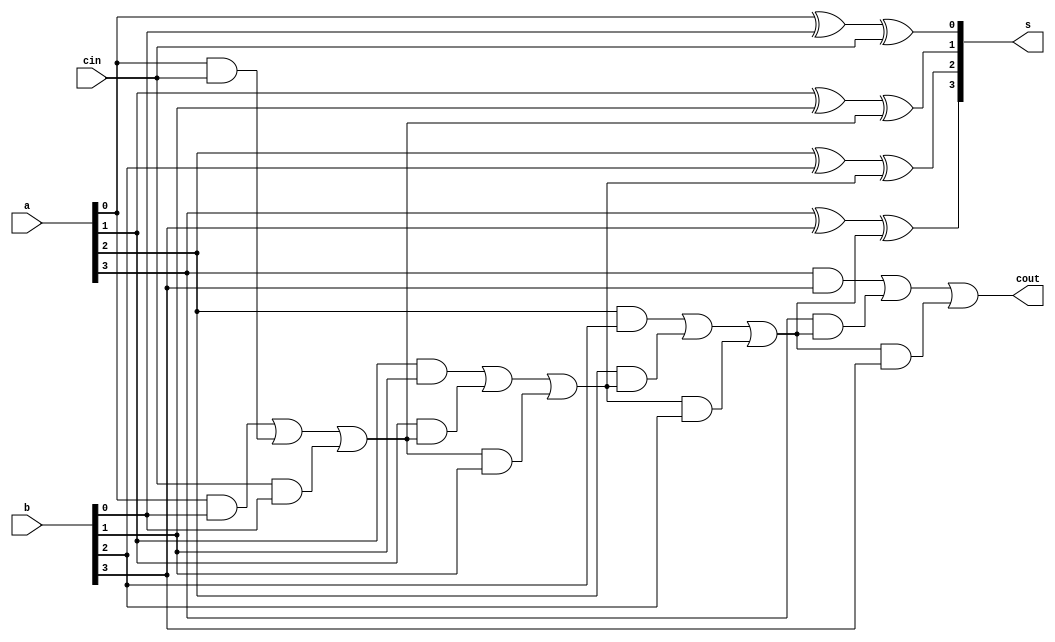
`timescale 1ns / 1ps
//////////////////////////////////////////////////////////////////////////////////
// Student: Tawseef Patel 101145333
// 
// Design Name: Lab2_3_1.v
// Module Name: fulladder_dataflow
// Project Name: Lab2_3_1
//
//////////////////////////////////////////////////////////////////////////////////

module fulladder_dataflow (
    input [3:0] a,
    input [3:0] b,
    input cin,
    output [3:0] s,
    output cout
);

xor (s[0], a[0], b[0], cin);
and (fa1_out1, a[0], b[0]), (fa1_out2, a[0], cin), (fa1_out3, cin, b[0]) ;
or (cout1, fa1_out1, fa1_out2, fa1_out3);

xor (s[1], a[1], b[1], cout1);
and (fa2_out1, a[1], b[1]), (fa2_out2, a[1], cout1), (fa2_out3, cout1, b[1]);
or (cout2, fa2_out1, fa2_out2, fa2_out3);

xor (s[2], a[2], b[2], cout2);
and (fa3_out1, a[2], b[2]), (fa3_out2, a[2], cout2), (fa3_out3, cout2, b[2]);
or (cout3, fa3_out1, fa3_out2, fa3_out3);

xor (s[3], a[3], b[3], cout3);
and (fa4_out1, a[3], b[3]), (fa4_out2, a[3], cout3), (fa4_out3, cout3, b[3]);
or (cout, fa4_out1, fa4_out2, fa4_out3);


    
endmodule